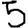
Digit: 5